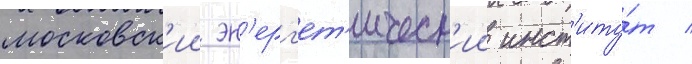
московск'ии эн'ерг'ет'ическ'ии инст'иту́т /